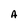
Character: A